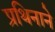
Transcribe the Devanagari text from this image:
प्रथिनाने